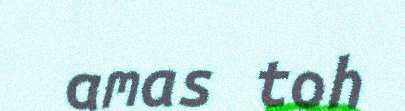
amas toh